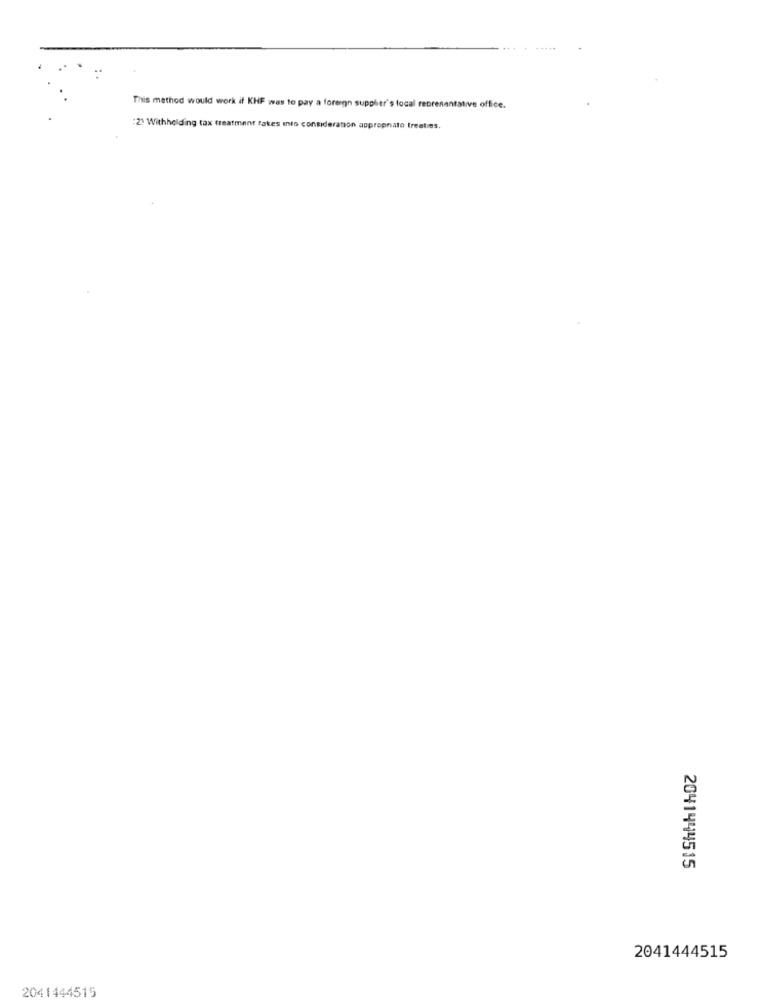
This method would work if KHF was to pay a foreign supplier's local representative office.
:21 Withholding tax treatment fakes into consideration appropriate treaties.
2041444515
2041444515
2041444515